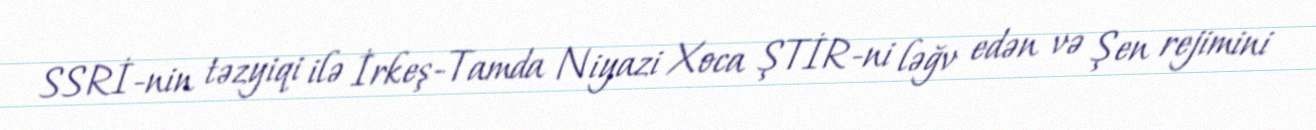
SSRİ-nin təzyiqi ilə İrkeş-Tamda Niyazi Xoca ŞTİR-ni ləğv edən və Şen rejimini